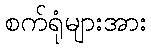
စက်ရုံများအား